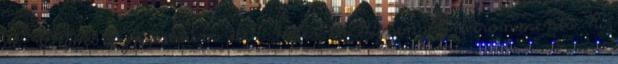
al., IMWA Symposium 2007: Water in Mining Environments, R.